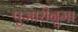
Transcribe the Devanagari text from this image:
पुजारीनुमा